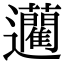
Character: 𨙟